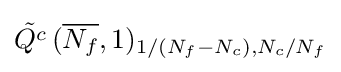
{\tilde {Q^{c}}}\,({\overline {N_{f}}},1)_{1/(N_{f}-N_{c}),N_{c}/N_{f}}